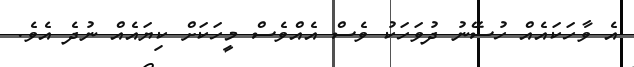
އެ ވާހަކައެއް ހުސޭނު ދުވަހަކު ވެސް އެއްވެސް މީހަކަށް ކިޔައެއް ނުދެ އެވެ.